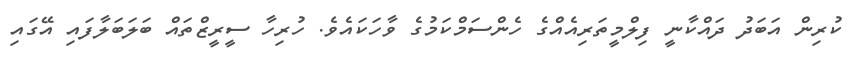
ކުރިން އަބަދު ދައްކާނީ ފިލްމީތަރިއެއްގެ ހެންސަމްކަމުގެ ވާހަކައެވެ. ހުރިހާ ސީރީޒްތައް ބަލަބަލާފައި އޭގައި